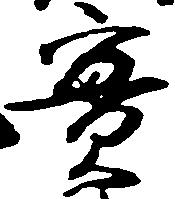
実